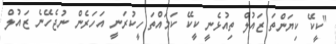
"ކީކޭ ކިޔަންތަ ޒައުލް ތިއުޅެނީ ކީކޭ ކަމައްތަ ހީކުރަނީ އަހަރެން ނުޖެހޭނެ ޒައުލް